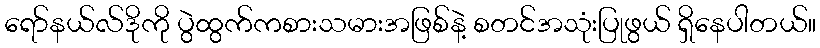
ရော်နယ်လ်ဒိုကို ပွဲထွက်ကစားသမားအဖြစ်နဲ့ စတင်အသုံးပြုဖွယ် ရှိနေပါတယ်။